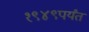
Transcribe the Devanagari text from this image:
१९४९पर्यंत